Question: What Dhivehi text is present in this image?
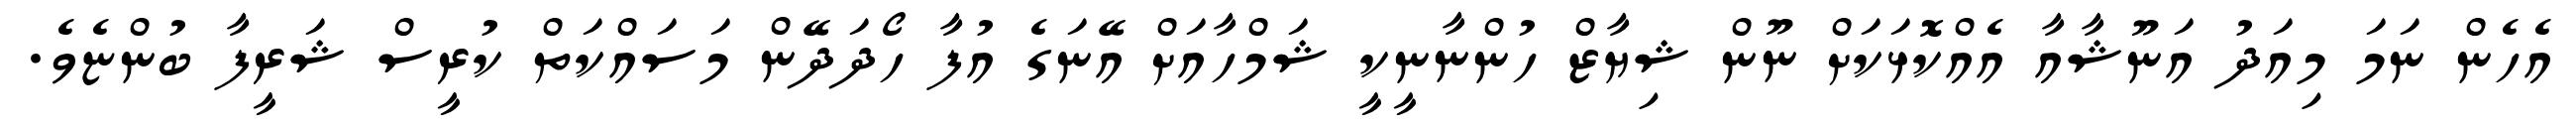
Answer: އެހެން ނަމަ މިއަދު އަނޫޝާއާ އެއްކޮޅަކަށް ނޫން ޝިޔާޒް ހުންނާނީކީ ޝަމްހާއަށް އޭނަގެ އުފާ ހޯދަދޭން މަސައްކަތް ކުރީސް ޝަރީފާ ބުންޏެވެ.